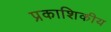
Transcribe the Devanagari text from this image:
प्रकाशिकीय